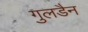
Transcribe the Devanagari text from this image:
गुलडैन